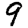
Digit: 9